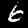
Digit: 6